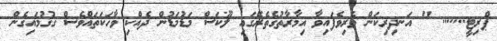
ޕްރިޓީ....... " އަނދިރިކަން ވެރިވެފައިވާ އިމާރާތުގެތެރޭގައި ލޫކަސް މަޑުމަޑުން ދެއްކި ވާހަކަތައްވެސް ގުގުމައިގެން